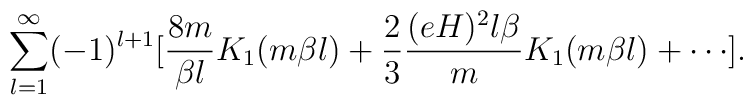
\sum\limits_{l=1}^{\infty} (-1)^{l+1} [\frac{8m}{\beta l} K_1(m\beta l) + \frac{2}{3}\frac{(eH)^2 l\beta}{m} K_1(m\beta l)+\cdots ].